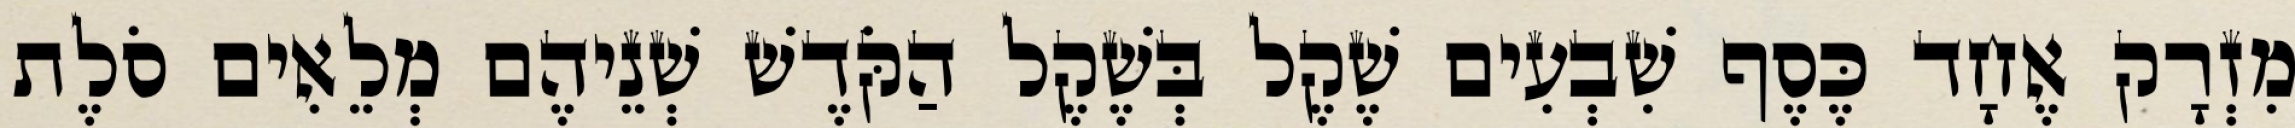
מִזְרָק אֶחָד כֶּסֶף שִׁבְעִים שֶׁקֶל בְּשֶׁקֶל הַקֹּדֶשׁ שְׁנֵיהֶם מְלֵאִים סֹלֶת